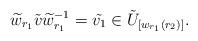
LaTeX: \begin{align*} \widetilde{w}_{r_1}\tilde{v}\widetilde{w}_{r_1}^{-1} =\tilde{v_1}\in \tilde{U}_{[w_{r_1}(r_2)]}.\end{align*}